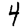
Digit: 4